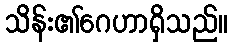
သိန်း၏ဂေဟာရှိသည်။